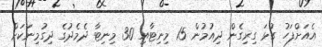
އެއަށްފަހު ގުޅަ ގިރިގެން ދިއުމުން 15 މިނިޓާއި 30 މިނިޓާ ދެމެދުގެ ދިގުމިނަކަށް